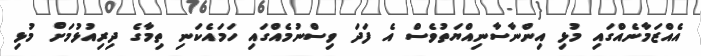
އެއްޒަމާނެއްގައި މުޅި އިންނާސާނިއްޔަތުވެސް އެ ފަދަ ވިސްނުމެއްގައި ހަމައެކަނި ތިމާގެ ދިރިއުޅުމަށް މުޅި